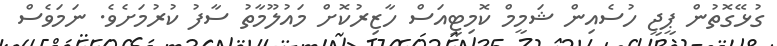
ގުޅޭގޮތުން ޕީޖީ ހުސެއިން ޝަމީމް ކޮމިޓީއަސް ހާޒިރުކޮށް މައުލޫމާތު ސާފު ކުރުމަށެވެ. ނަމަވެސް